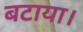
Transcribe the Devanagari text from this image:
बटाया।